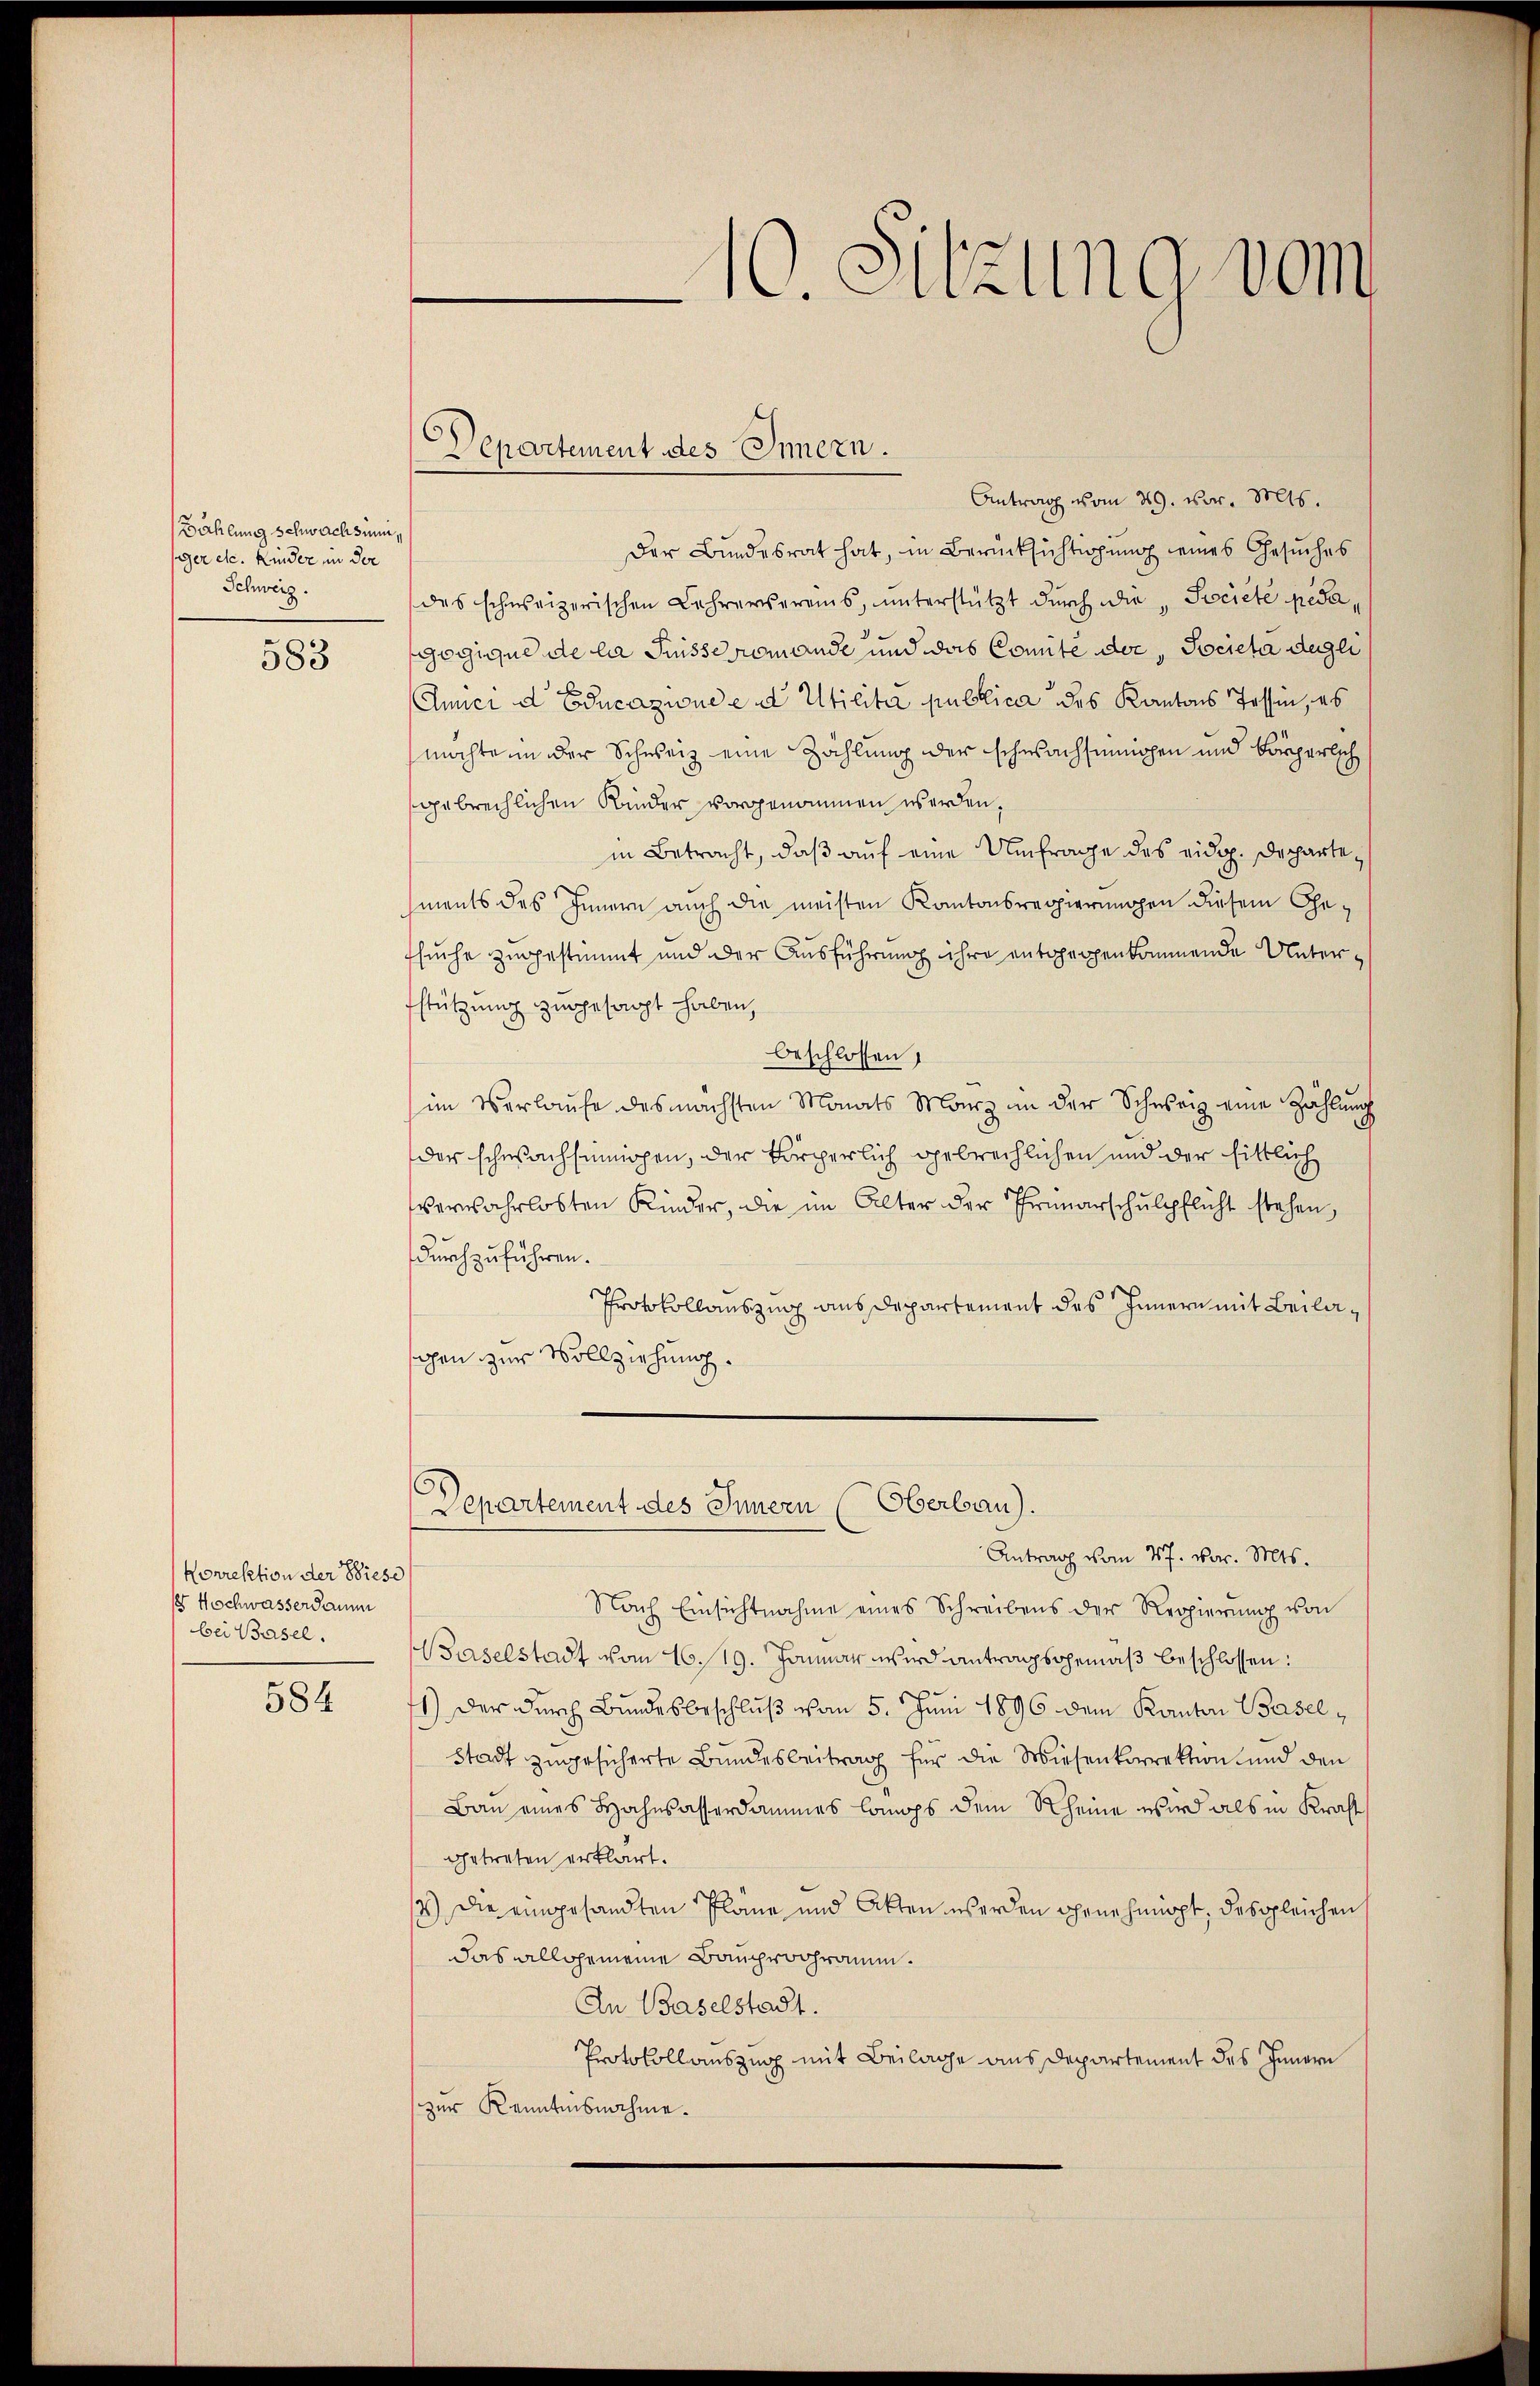
Zählung schwachsinn,
siger etc. Kinder in der
Schweiz.

583

Norrektion der Wiese
/8 Hochwasserdamm
bei Basel.

584

¬
epartement des Innern.

10. Sitzung vom

Antrag vom 29. vor. Mts.
Der Bundesrat hat, in Berücksichtigung eines Gesuches
des schweizerischen Lehrervereins, unterstützt durch die Societe pedagogique de la Suisse remande und das Comite der, Societa degli
Anner d Educazione ed Utilita publica des Kantons Tessin, es
möchten der Schweiz eine Zählung der schwachsinnigen und körperlich
gebrechlichen Kinder vorgenommen werden,
in Betracht, daß auf eine Umfrage des eidg. Dechartements des Innern auch die meisten Kantonsregierungen diesem Gesuche zugestimmt und der Ausführung ihre entgegenkommende Unterfstützung zugesagt haben,
beschlossen,
im Verlaufe des nächsten Monats Manz in der Schweiz eine Zahlung
der schwachsinnigen, der körperlich gebrechlichen und der sittlich
verwahrlosten Kinder, die im Alter der Primarschulpflicht stehen,
durchzuführen.
Protokollauszug aus Departement des Innern mit Beilagen zur Vollziehung.
Departement des Innern (Oberbau).
Antrag vom 27. vor. Mts.
Nach Einsichtnahme eines Schreibens der Regierŭng von
Baselstadt vom 16. 19. Januar wird antragsgemäß beschlossen:
1.) Der durch Bundesbeschluß vom 5. Juni 1896 dem Kanton Basel¬
Stadt zugesicherte Bundesbeitrag für die Wiesenkorrektion und den
Bau eines Hahnsasserdammes Comps dem Rheine wird als in Kraft
getreten erklärt.
2) Die eingesandten Pläne und Akten werden Chene himopt, des gleichen
das allgemeine Bauprogramm.
An Baselstadt.
Protokollauszug mit Beilage aus Departement des Innern
zur Kenntnisnahme.